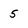
Character: 5